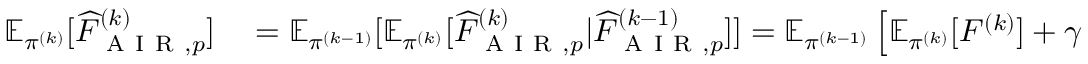
\begin{array} { r l } { \mathbb { E } _ { \pi ^ { ( k ) } } [ \widehat { F } _ { \mathrm { ~ A ~ I ~ R ~ } , p } ^ { ( k ) } ] } & { { } = \mathbb { E } _ { \pi ^ { ( k - 1 ) } } [ \mathbb { E } _ { \pi ^ { ( k ) } } [ \widehat { F } _ { \mathrm { ~ A ~ I ~ R ~ } , p } ^ { ( k ) } | \widehat { F } _ { \mathrm { ~ A ~ I ~ R ~ } , p } ^ { ( k - 1 ) } ] ] = \mathbb { E } _ { \pi ^ { ( k - 1 ) } } \left[ \mathbb { E } _ { \pi ^ { ( k ) } } [ F ^ { ( k ) } ] + \gamma ( \widehat { F } _ { \mathrm { ~ A ~ I ~ R ~ } , p } ^ { ( k - 1 ) } - \mathbb { E } _ { \pi ^ { ( k ) } } [ F ^ { ( k - 1 ) } W _ { k } ] ) \right] } \end{array}